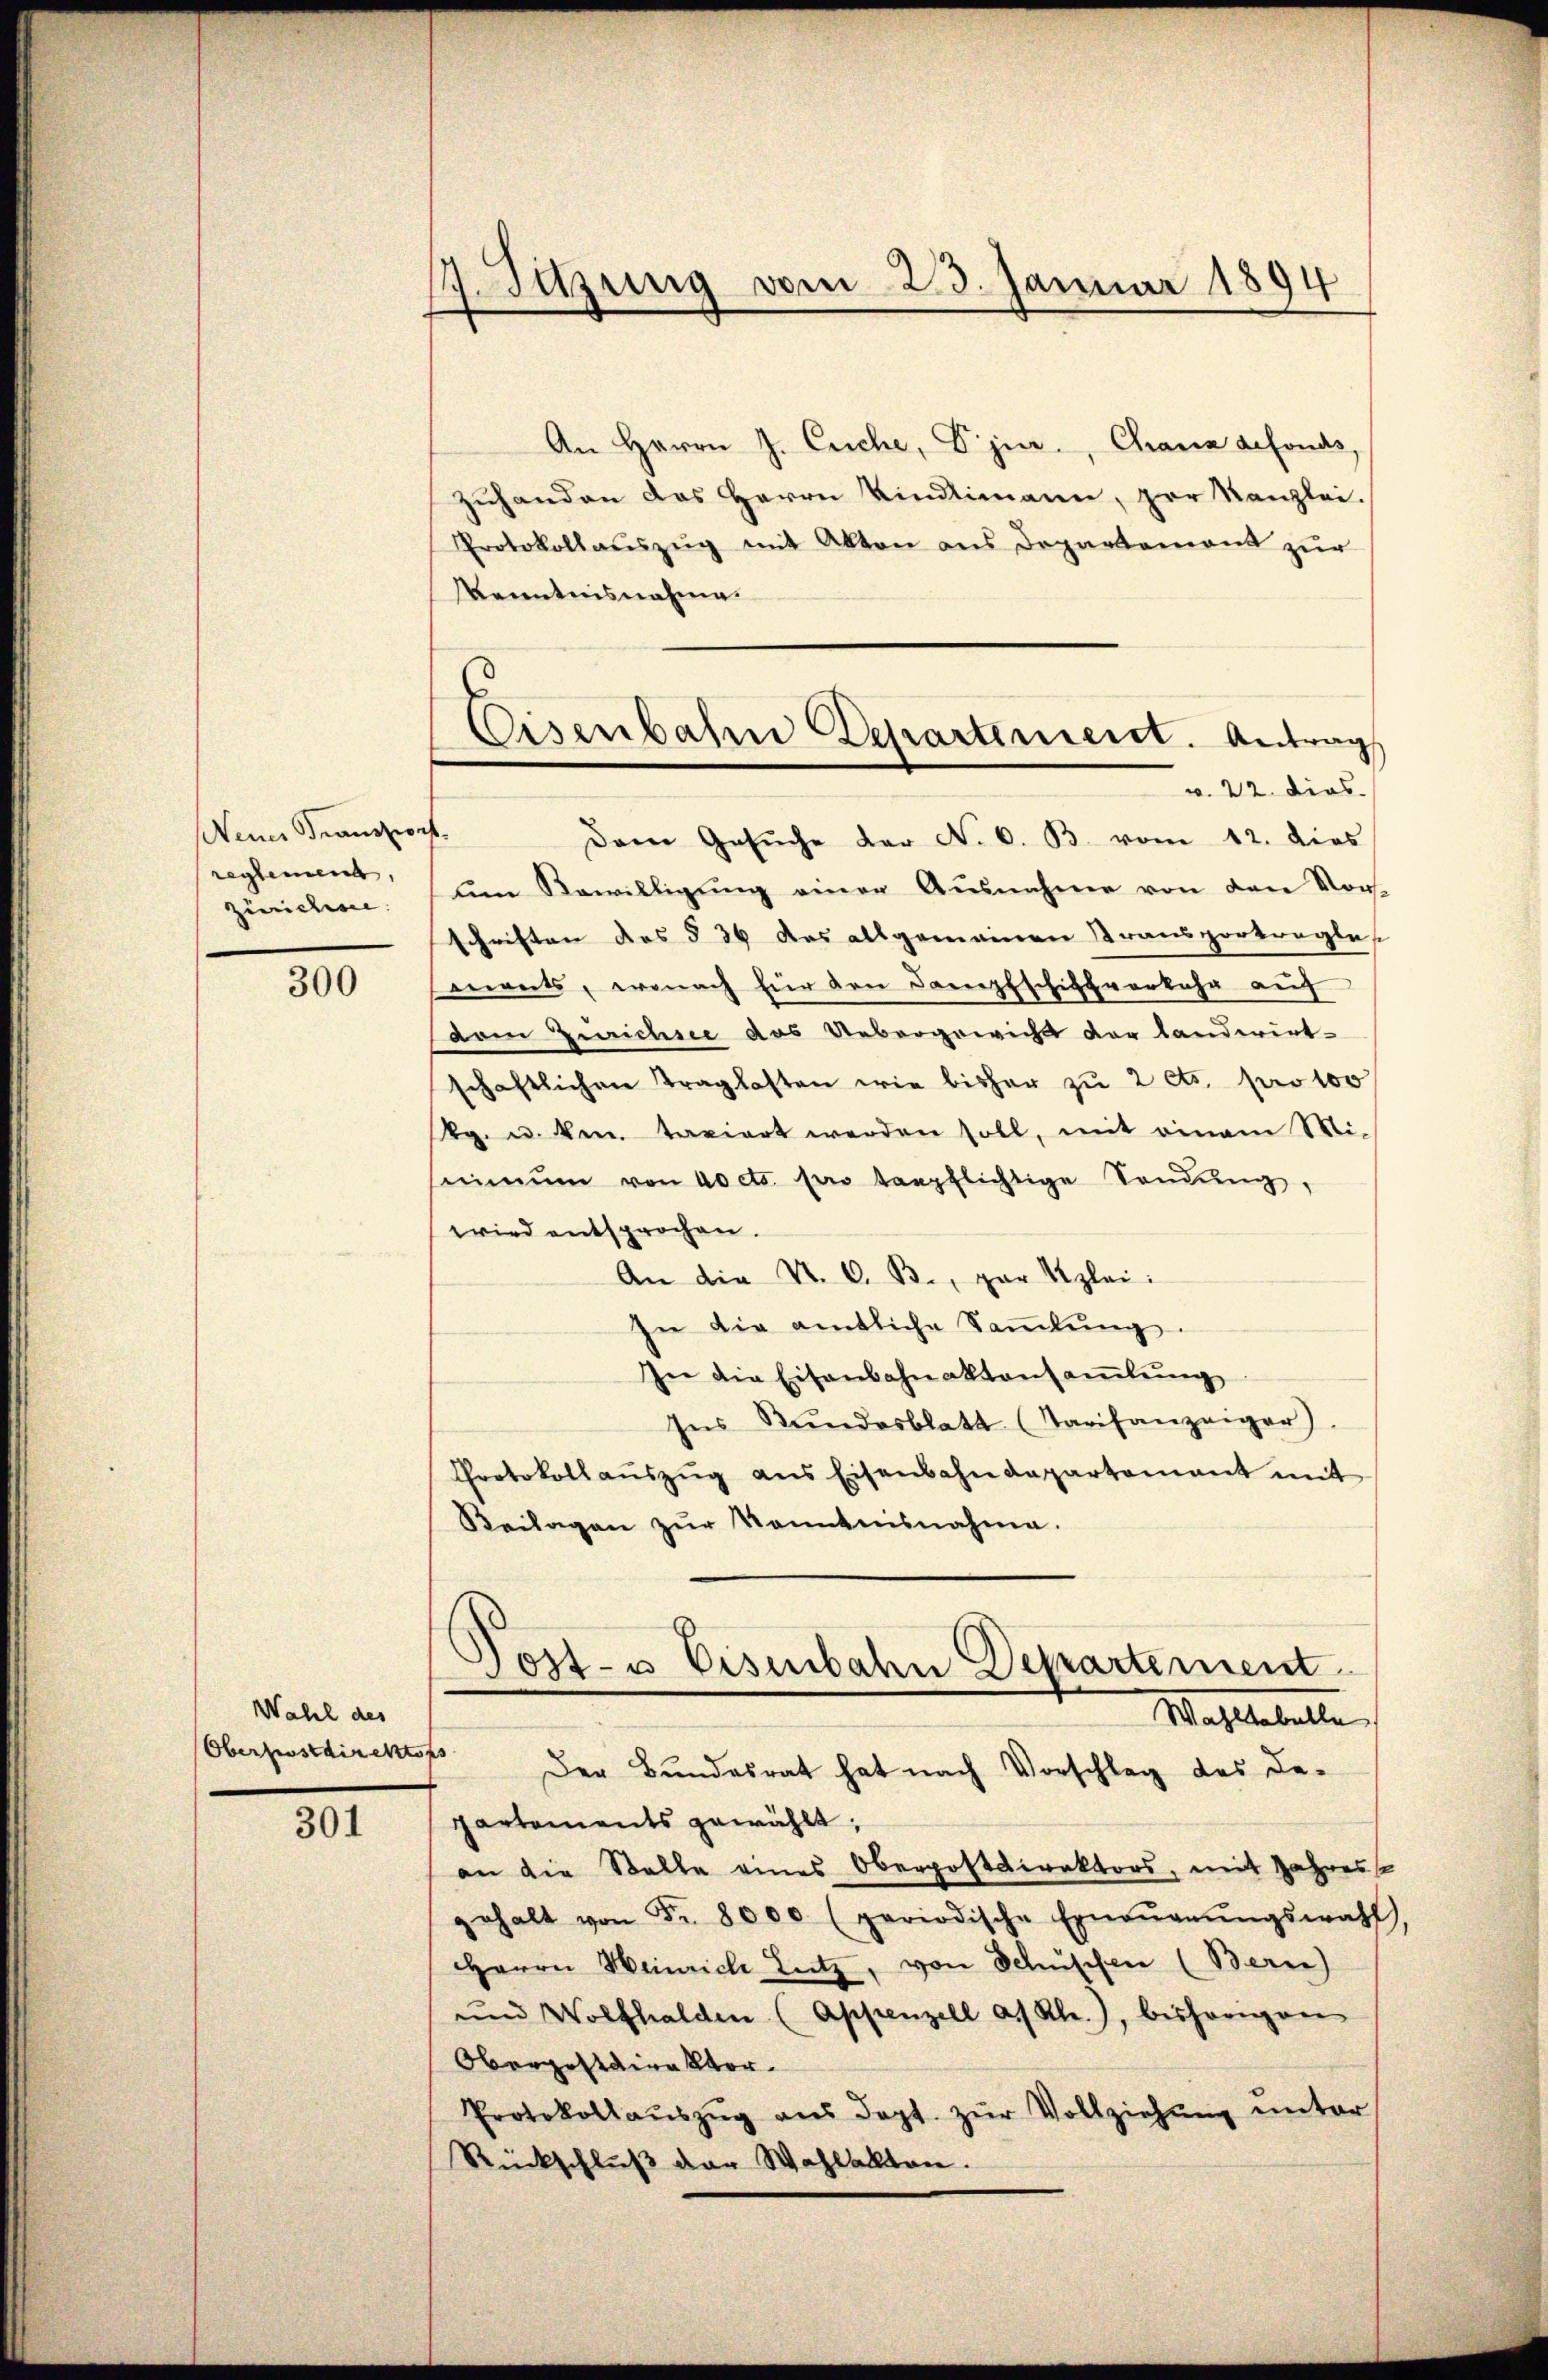
Neine Franziert.
reglement,
zürichen.

300

Wahl des
Oberpostdirekto

301

fsitzung vom 23. Januar 1894

2
Eisenbahne Departement. Antrag
v. 22. dies

An Herrn J. Euche, Dr. jur., Chana gefonds,
Zuhanden des Herrn Kindlimann, zur Kanzlei.
Protokollaŭszŭg mit Akten ans Departement zŭr
Kenntnisnahme.
Dem Gesŭche der No. 6. B. vom 12. dies
ŭm Bewilligŭng einer Ausnahme von den Vor-
schriften des § 36 des allgemeinen Transportragles
ments, wonach für den Dampfschiftverkehr auf
dam Zürichsee das Uebergewicht der Landwirt-
schaftlichen Traglasten wie bisher zŭ 2 cts. pro 100
Rg. u. Ven. taxiert werden soll, mit einem Mi-
seimŭm von docto pro tapflichtige Sondŭng,
wird entsprochen.
An die K. G. B., par Kzlei:
In die amtliche Saṁlŭng.
In die Eisenbahnaktensamlung
Ins Stŭndesblatt (Tarifanzeiger.
Protokollaŭszŭg ans Eisenbahndepartement mit
Keilagen zŭr Kenntensnahme.
Post- u Eisenbahn Departement
Wahlestelle
f
Der Bundesrat hat nach Vorschlag des De-
partements gewählt,
an die Stelle eines Oberpostdirektors, mit Jahress
gehalt von Fr. 8000 (periodische Erneṅerŭngswahl
HHerrn Heinrich Lutz, von Schüssen (Bern)
und Wolfhalden (Appenzell a/Rh.), bisherigen
Oberpostdirektor
Protokollaŭszŭg aŭs Dopt. zŭr Vollziehŭng ŭnter
Rückschlŭβ der Wahlakten.